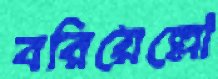
বরিয়েল্লো